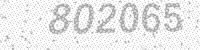
Solution: 802065